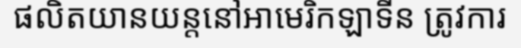
ផលិតយានយន្តនៅអាមេរិកឡាទីន ត្រូវការ